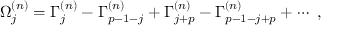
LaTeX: \Omega _ { j } ^ { ( n ) } = \Gamma _ { j } ^ { ( n ) } - \Gamma _ { p - 1 - j } ^ { ( n ) } + \Gamma _ { j + p } ^ { ( n ) } - \Gamma _ { p - 1 - j + p } ^ { ( n ) } + \cdots ~ ,